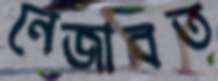
নেজাবত